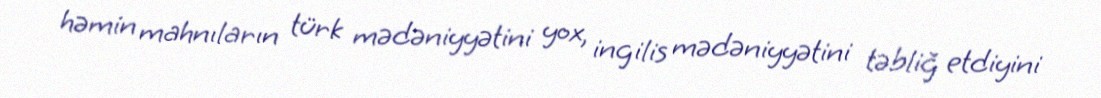
həmin mahnıların türk mədəniyyətini yox, ingilis mədəniyyətini təbliğ etdiyini